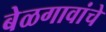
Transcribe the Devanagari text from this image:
बेळगावांचे